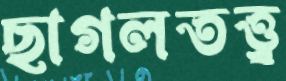
ছাগলতত্ত্ব